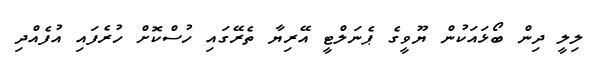
ލިލީ ދިން ބޯޅައަކުން ޔޫވީގެ ޕެނަލްޓީ އޭރިޔާ ތެރޭގައި ހުސްކޮށް ހުރެފައި އުފެއްދި